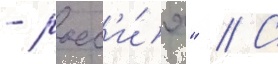
- росс'и́я" // С